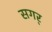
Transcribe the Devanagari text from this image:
सगर्